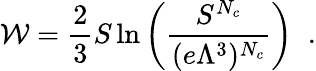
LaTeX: {\cal W}=\frac{2}{3}S\ln\left(\frac{S^{N_{c}}}{(e\Lambda^{3})^{N_{c}}}\right)\; \; .